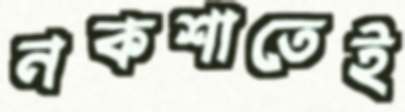
নকশাতেই